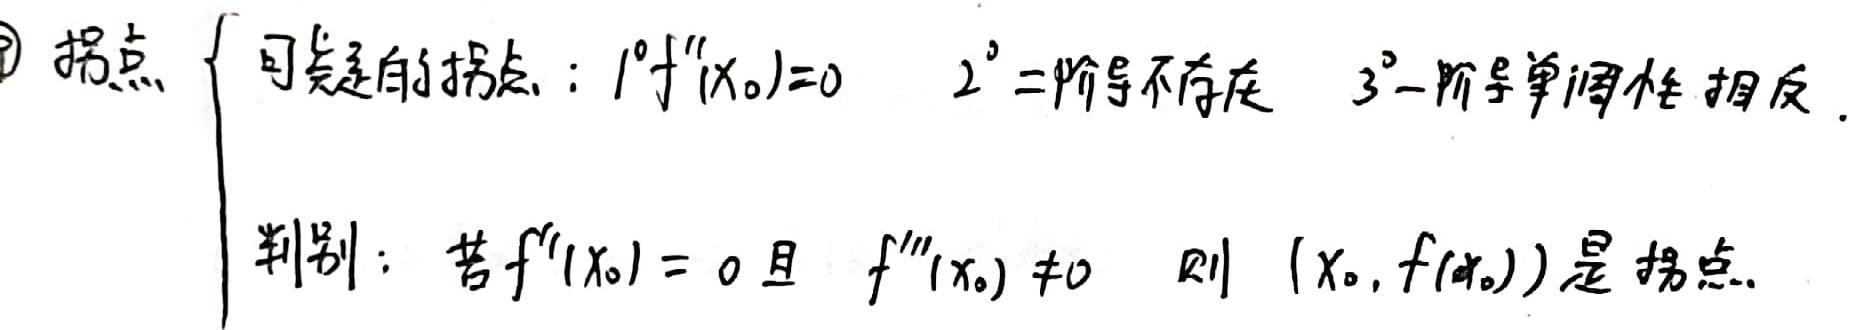
3) 拐点 $\left\{\begin{array}{l}\text{可疑的拐点：}1^{\circ}f''(x_0)=0 \quad 2^{\circ}\text{二阶导不存在} \quad 3^{\circ}\text{一阶导单调性相反.} \\ \text{判别：若} f''(x_0)=0 \text{且} f'''(x_0)\neq0 \text{ 则 } (x_0,f(x_0)) \text{是拐点.}\end{array}\right.$